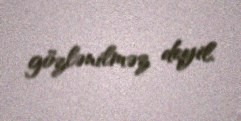
gözlənilməz deyil.